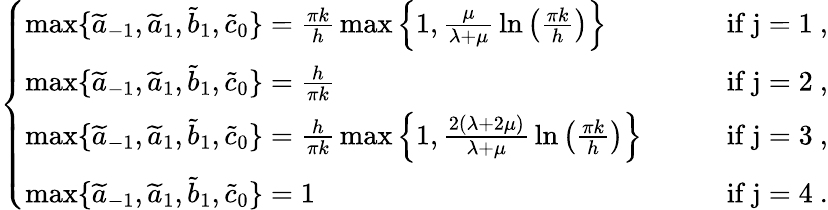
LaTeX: \left\{ \begin{array}{ll}{\operatorname*{max}\{ \widetilde a_{-1},\widetilde a_{1},\widetilde b_{1},\widetilde c_{0}\} =\frac{\pi k}h\, \operatorname*{max}\left\{ 1,\frac{\mu}{\lambda+\mu}\, \ln\left(\frac{\pi k}h\right)\right\} \, }&{\qquad\mathrm{if~j=1~,}}\\ {\operatorname*{max}\{ \widetilde a_{-1},\widetilde a_{1},\widetilde b_{1},\widetilde c_{0}\} =\frac h{\pi k}}&{\qquad\mathrm{if~j=2~,}}\\ {\operatorname*{max}\{ \widetilde a_{-1},\widetilde a_{1},\widetilde b_{1},\widetilde c_{0}\} =\frac h{\pi k}\, \operatorname*{max}\left\{ 1,\frac{2(\lambda+2\mu)}{\lambda+\mu}\, \ln\left(\frac{\pi k}h\right)\right\} }&{\qquad\mathrm{if~j=3~,}}\\ {\operatorname*{max}\{ \widetilde a_{-1},\widetilde a_{1},\widetilde b_{1},\widetilde c_{0}\} =1}&{\qquad\mathrm{if~j=4~.}}\end{array}\right.